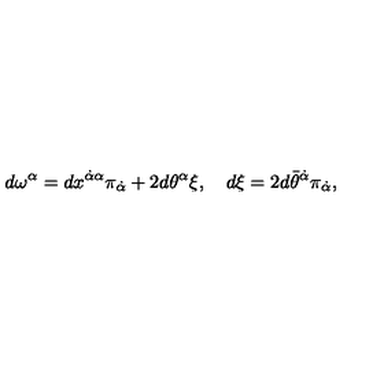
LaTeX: d \omega ^ { \alpha } = d x ^ { \dot { \alpha } \alpha } \pi _ { \dot { \alpha } } + 2 d \theta ^ { \alpha } \xi , \quad d \xi = 2 d \bar { \theta } ^ { \dot { \alpha } } \pi _ { \dot { \alpha } } ,